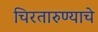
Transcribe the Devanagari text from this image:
चिरतारुण्याचे